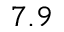
7 . 9